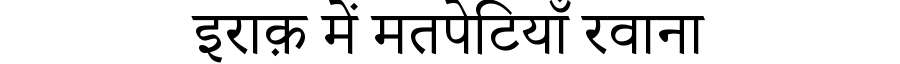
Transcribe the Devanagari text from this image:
इराक़ में मतपेटियाँ रवाना